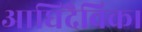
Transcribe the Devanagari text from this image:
आधिदैविक।